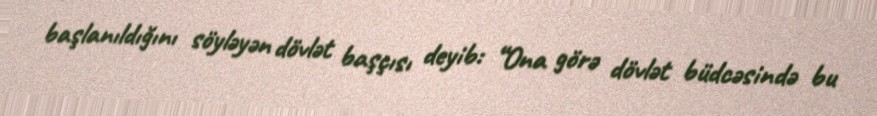
başlanıldığını söyləyən dövlət başçısı deyib: “Ona görə dövlət büdcəsində bu